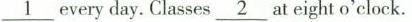
\underline {1} every day. Classes \underline{2} at eight o'clock.